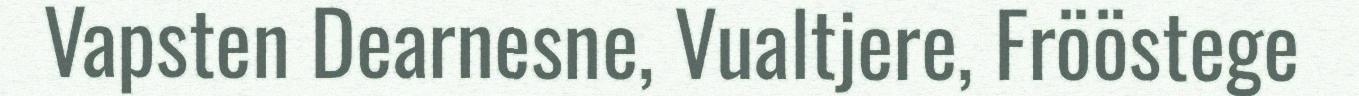
Vapsten Dearnesne, Vualtjere, Frööstege